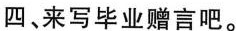
四、来写毕业赠言吧。